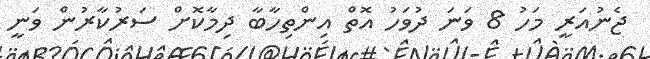
ޖެނުއަރީ މަހު 8 ވަނަ ދުވަހު އޮތް އިންތިހާބާ ދިމާކޮށް ސަރުކާރުން ވަނީ